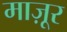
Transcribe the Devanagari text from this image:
माज़ूर